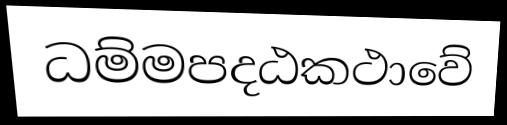
ධම්මපදඨකථාවේ